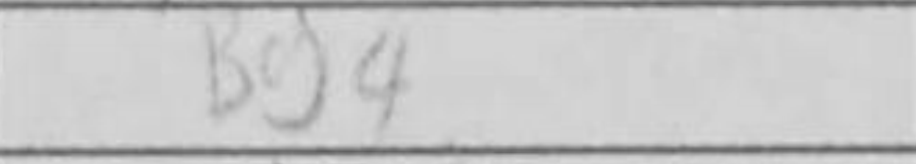
Transcription: Bg4